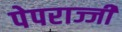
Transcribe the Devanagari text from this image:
पेपराज्जी